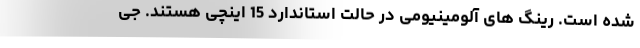
شده است. رینگ های آلومینیومی در حالت استاندارد 15 اینچی هستند. جِی